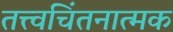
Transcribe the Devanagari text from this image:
तत्त्वचिंतनात्मक